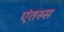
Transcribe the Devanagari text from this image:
एंतस्स